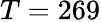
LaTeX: T=269